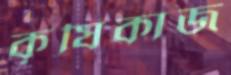
কৃষিকাজ